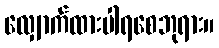
လျှောက်ထားပါရစေဘုရား။